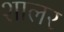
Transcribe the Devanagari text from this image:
शालर